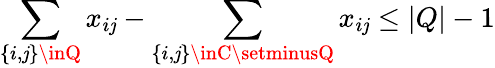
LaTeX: \sum_{\{ i,\mathit{j}\} \inQ}x_{i\mathit{j}}-\sum_{\{ i,\mathit{j}\} \inC\setminusQ}x_{i\mathit{j}}\le|Q|-1